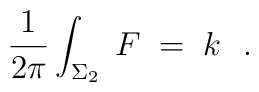
{1\over 2\pi}  \int_{\Sigma_2}  \; F\; =\;   k\ \   .